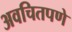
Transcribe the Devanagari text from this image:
अवचितपणे